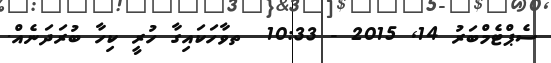
ސެޕްޓެމްބަރު 14